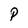
Character: P